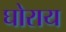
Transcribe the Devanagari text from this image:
घोराय